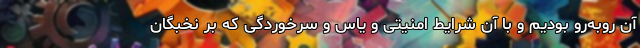
آن روبه‌رو بودیم و با آن شرایط امنیتی و یاس و سرخوردگی که بر نخبگان